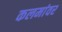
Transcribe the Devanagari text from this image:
कलमांवर